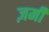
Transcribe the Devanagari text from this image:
ज़मी